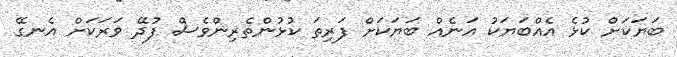
ބަޔަކަށް ކުޅެ އެއްބަޔަކު އަނެއް ބަޔަކަށް ފަރިތަ ކުޅުންތެރިންވެސް ފުދޭ ވަރަކަށް އެނގޭ